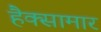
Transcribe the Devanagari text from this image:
हैक्सामार